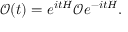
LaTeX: { \mathcal { O } } ( t ) = e ^ { i t H } { \mathcal { O } } e ^ { - i t H } .